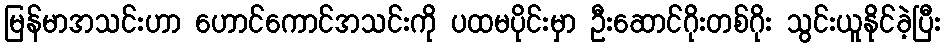
မြန်မာအသင်းဟာ ဟောင်ကောင်အသင်းကို ပထမပိုင်းမှာ ဦးဆောင်ဂိုးတစ်ဂိုး သွင်းယူနိုင်ခဲ့ပြီး